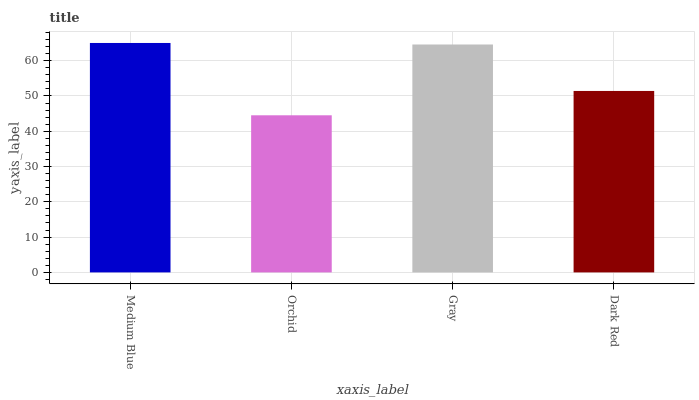
| xaxis_label | bars |
 | --- | --- |
 | Medium Blue | 65 |
 | Orchid | 44.5 |
 | Gray | 64.6 |
 | Dark Red | 51.4 |